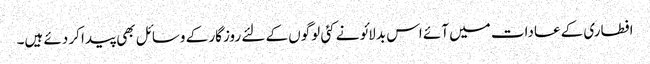
افطاری کے عادات میں آئے اس بدلائو نے کئی لوگوں کے لئے روزگار کے وسائل بھی پیدا کر دئے ہیں۔